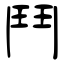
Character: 鬥